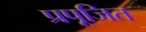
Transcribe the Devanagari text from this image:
प्रपूजित